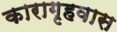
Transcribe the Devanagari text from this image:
कारागृहवास